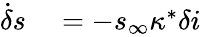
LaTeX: \begin{array}{rl}{\dot{\delta}s}&{{}=-s_{\infty}\kappa^{*}\delta i}\end{array}